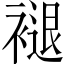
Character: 褪